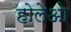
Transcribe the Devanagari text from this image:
होलेओ